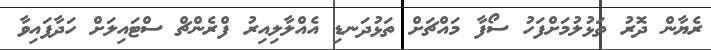
ރެޔާން ދޮރު ތަޅުލުމަށްފަހު ސޯފާ މައްޗަށް ތަޅުދަނޑި އެއްލާލިއިރު ފްރެންޗް ސްޓައިލަށް ހަދާފައިވާ